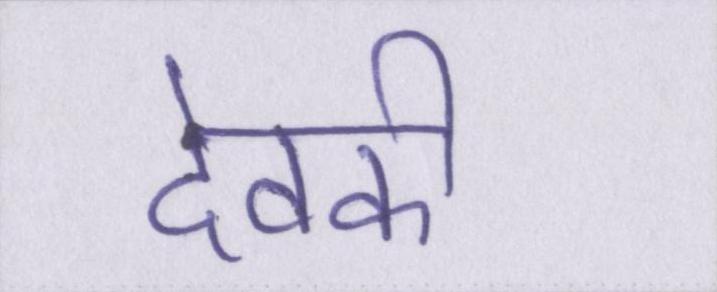
देवकी